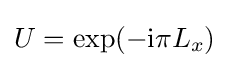
U=\exp(-\mathrm {i} \pi L_{x})